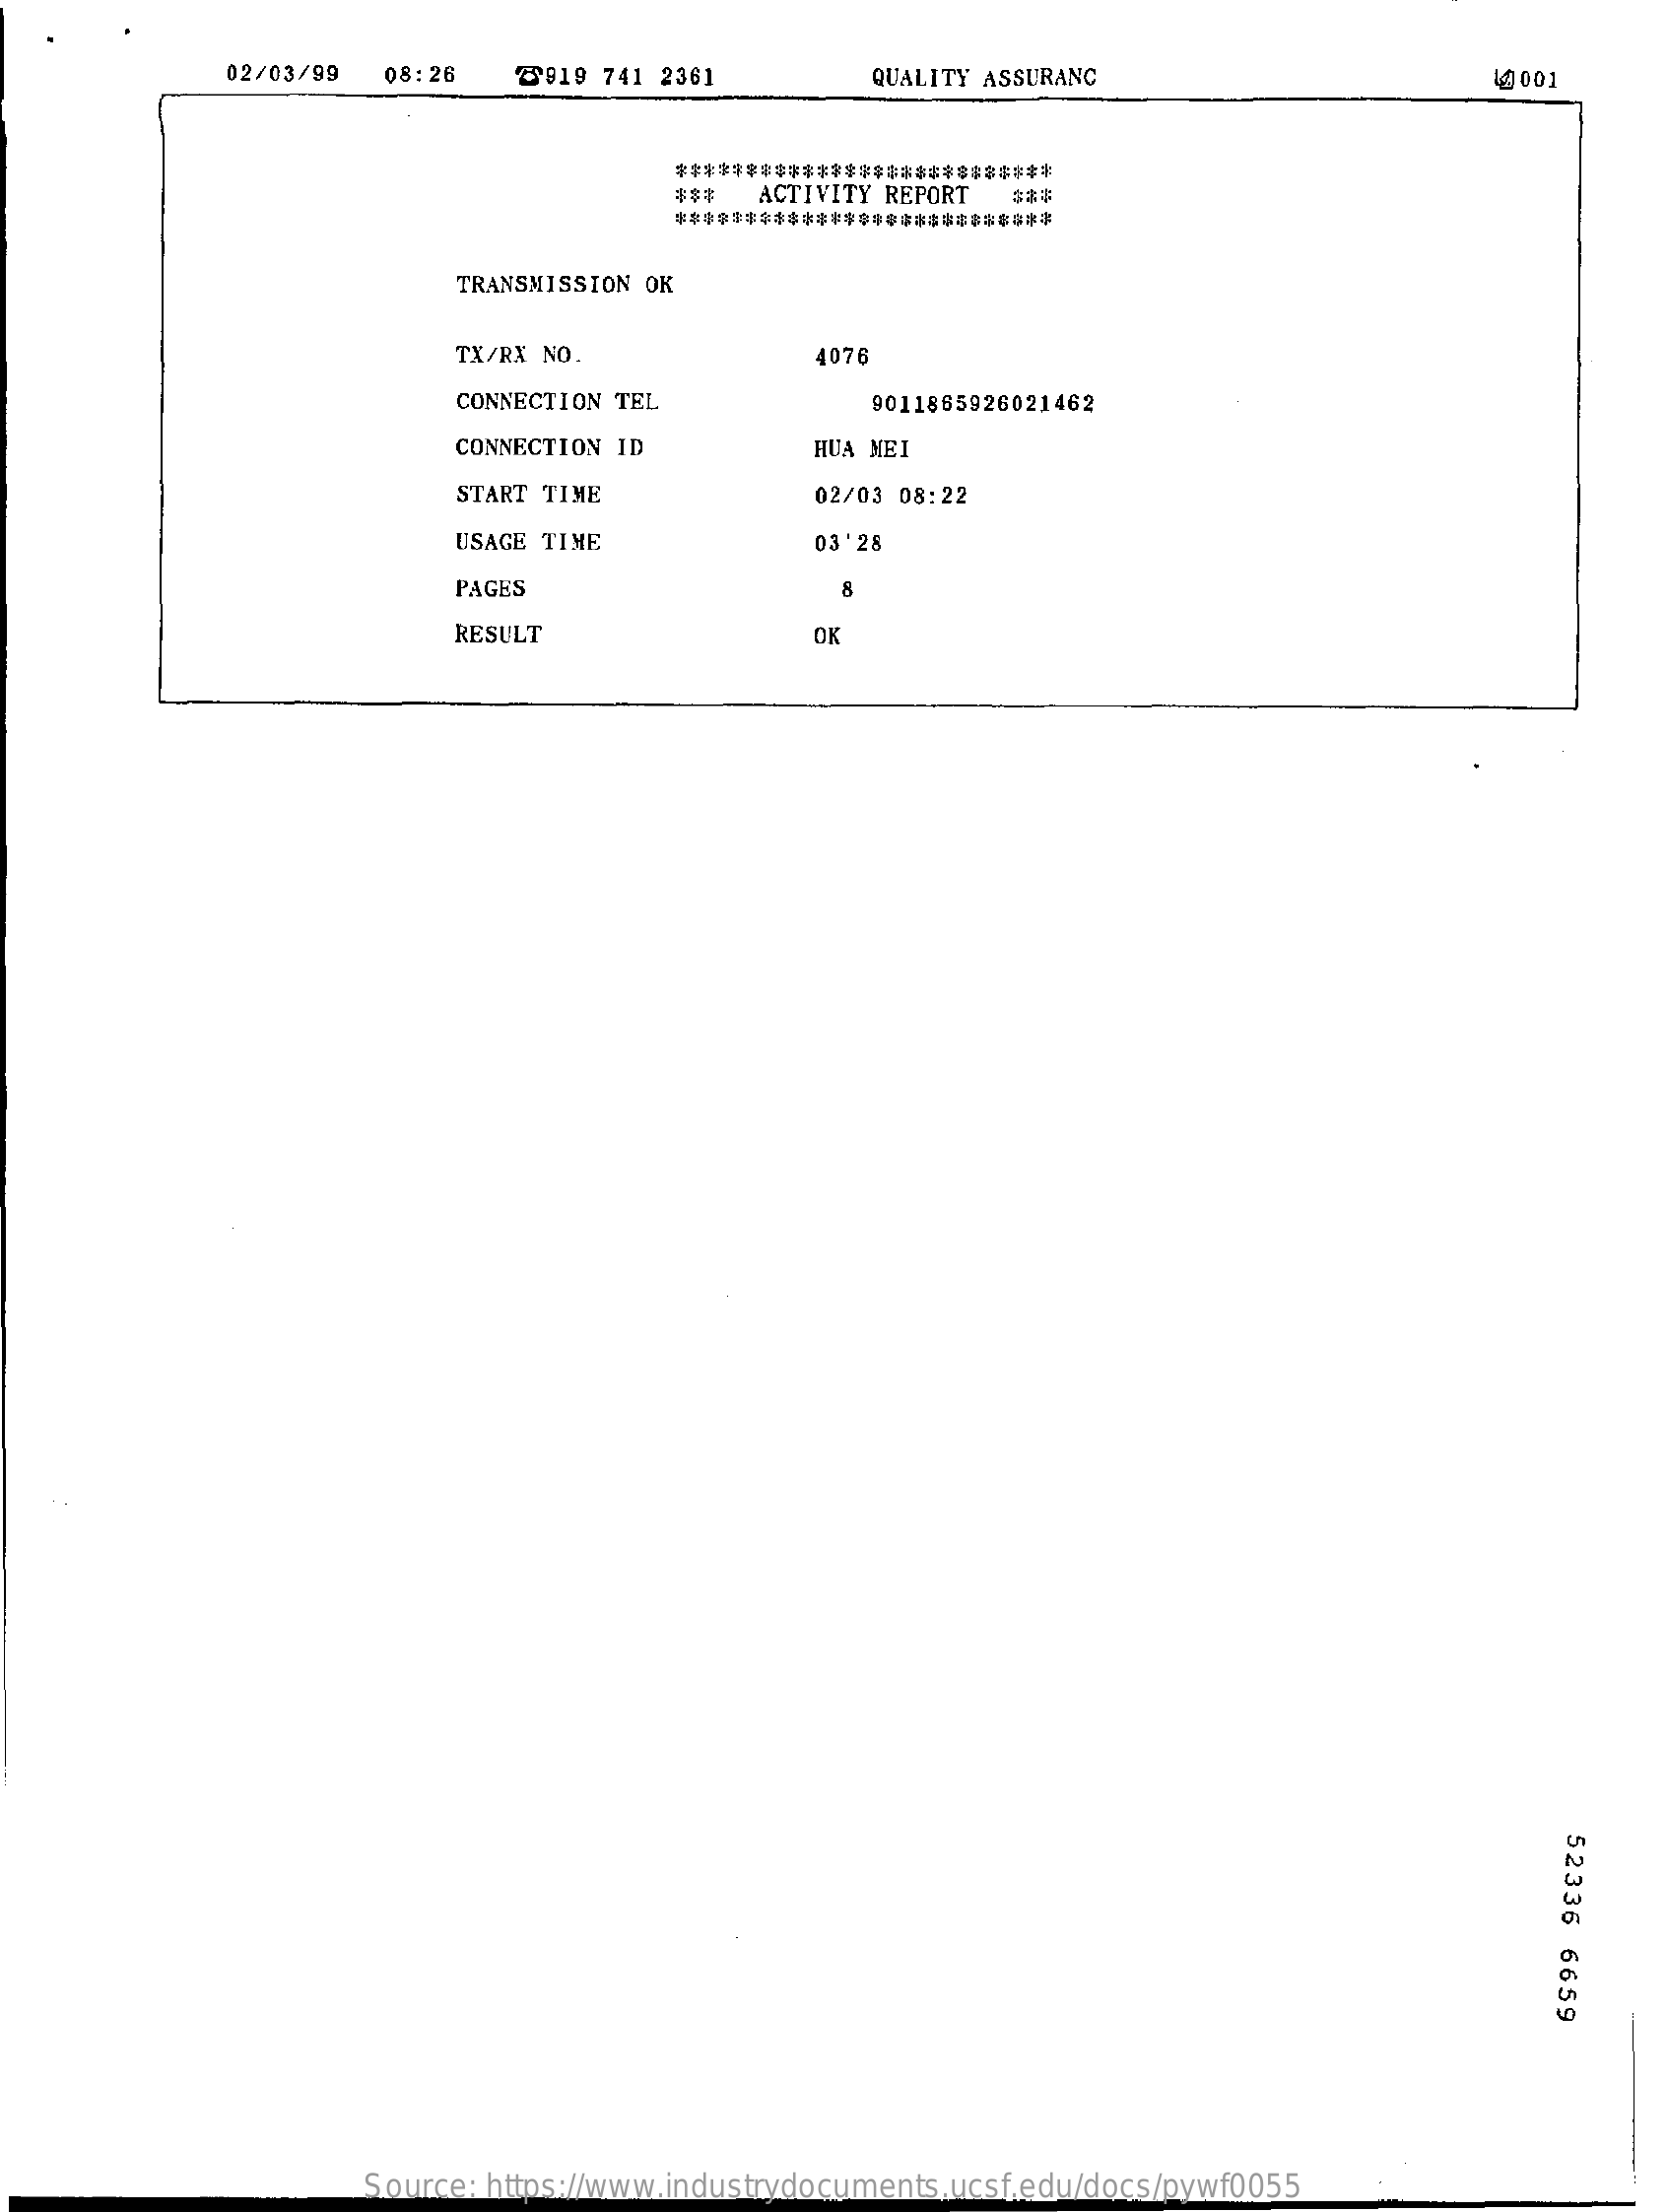
02/03/99  08:26   3919 741 2361    QUALITY ASSURANC    19001
     ***************************
     ACTIVITY REPORT ***
     ***************************
     TRANSMISSION OK
     TX/RX NO.    4076
     CONNECTION TEL    9011865926021462
     CONNECTION ID    HUA MEI
     START TIME    02/03 08:22
     USAGE TIME    03' 28
     PAGES    8
     RESULT    OK
     52336
     6659
     Source: https://www.industrydocuments.ucsf.edu/docs/pywf0055